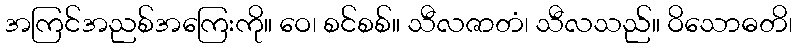
အကြင်အညစ်အကြေးကို။ ဝေ၊ စင်စစ်။ သီလဇာတံ၊ သီလသည်။ ဝိသောဓတိ၊